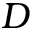
D